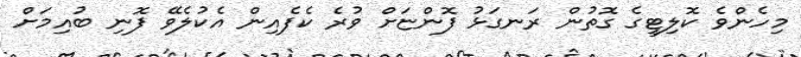
މިހެންވެ ކޮލިޓީގެ ގޮތުން ރަނގަޅު ފޮންޏަށް ވުރެ ކެފެއިން އެކުލެވޭ ފޮނި ބުއިމަށް